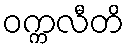
ဝက္ကလီတိ